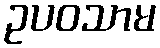
ဥပဝသာမ